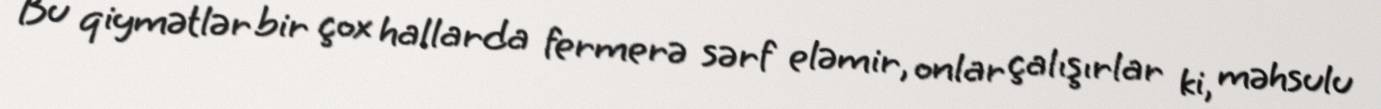
Bu qiymətlər bir çox hallarda fermerə sərf eləmir, onlar çalışırlar ki, məhsulu